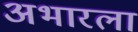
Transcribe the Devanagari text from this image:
अभारला